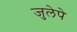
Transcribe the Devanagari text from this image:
जुलेपे